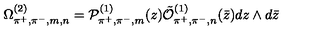
\Omega _ { \pi ^ { + } , \pi ^ { - } , m , n } ^ { ( 2 ) } = { \cal P } _ { \pi ^ { + } , \pi ^ { - } , m } ^ { ( 1 ) } ( z ) \tilde { \cal O } _ { \pi ^ { + } , \pi ^ { - } , n } ^ { ( 1 ) } ( \bar { z } ) d z \wedge d \bar { z }